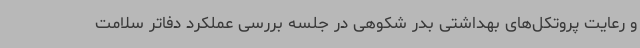
و رعایت پروتکل‌های بهداشتی بدر شکوهی در جلسه بررسی عملکرد دفاتر سلامت